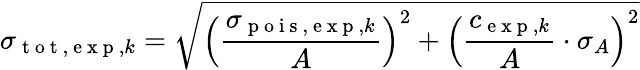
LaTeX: \sigma_{\mathrm{~t~o~t~},\mathrm{~e~x~p~},k}=\sqrt{\left(\frac{\sigma_{\mathrm{~p~o~i~s~},\mathrm{~e~x~p~},k}}{A}\right)^{2}+\left(\frac{c_{\mathrm{~e~x~p~},k}}{A}\cdot\sigma_{A}\right)^{2}}